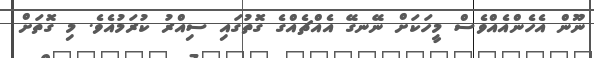
ނޫން އެހެންއެއްވެސް މީހަކަށް ނޭނގޭ އެއްޗެއްގެ ގޮތުގައި ސިއްރު ކުރަމުއެވެ. މި ގޮތަށް